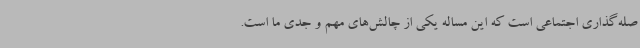
صله‌گذاری اجتماعی است که این مساله یکی از چالش‌های مهم و جدی ما است.